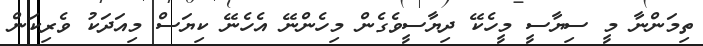
ތިމަންނާ މީ ސިޔާސީ މީހެކޭ ދިޔާސީވެގެން މިހެންނޭ އެހެނޭ ކިޔަސް މިއަދަކު ވެރިކަން